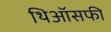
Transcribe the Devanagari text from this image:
थिऑसफी